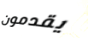
يقدمون